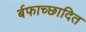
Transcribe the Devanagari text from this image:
र्बफाच्छादित